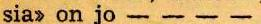
sia> on jo - - - -